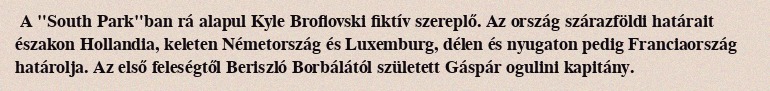
A "South Park"ban rá alapul Kyle Broflovski fiktív szereplő. Az ország szárazföldi határait északon Hollandia, keleten Németország és Luxemburg, délen és nyugaton pedig Franciaország határolja. Az első feleségtől Beriszló Borbálától született Gáspár ogulini kapitány.